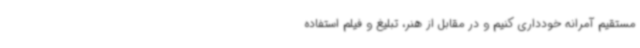
مستقیم آمرانه خودداری کنیم و در مقابل از هنر، تبلیغ و فیلم استفاده